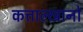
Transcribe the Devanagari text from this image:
कत्ताल्खानो